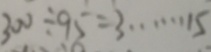
3 0 0 \div 9 5 = 3 \cdots 1 5